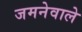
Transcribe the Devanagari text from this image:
जमनेवाले